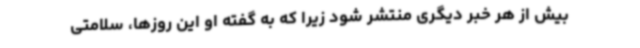
بیش از هر خبر دیگری منتشر شود زیرا که به گفته او این روزها، سلامتی